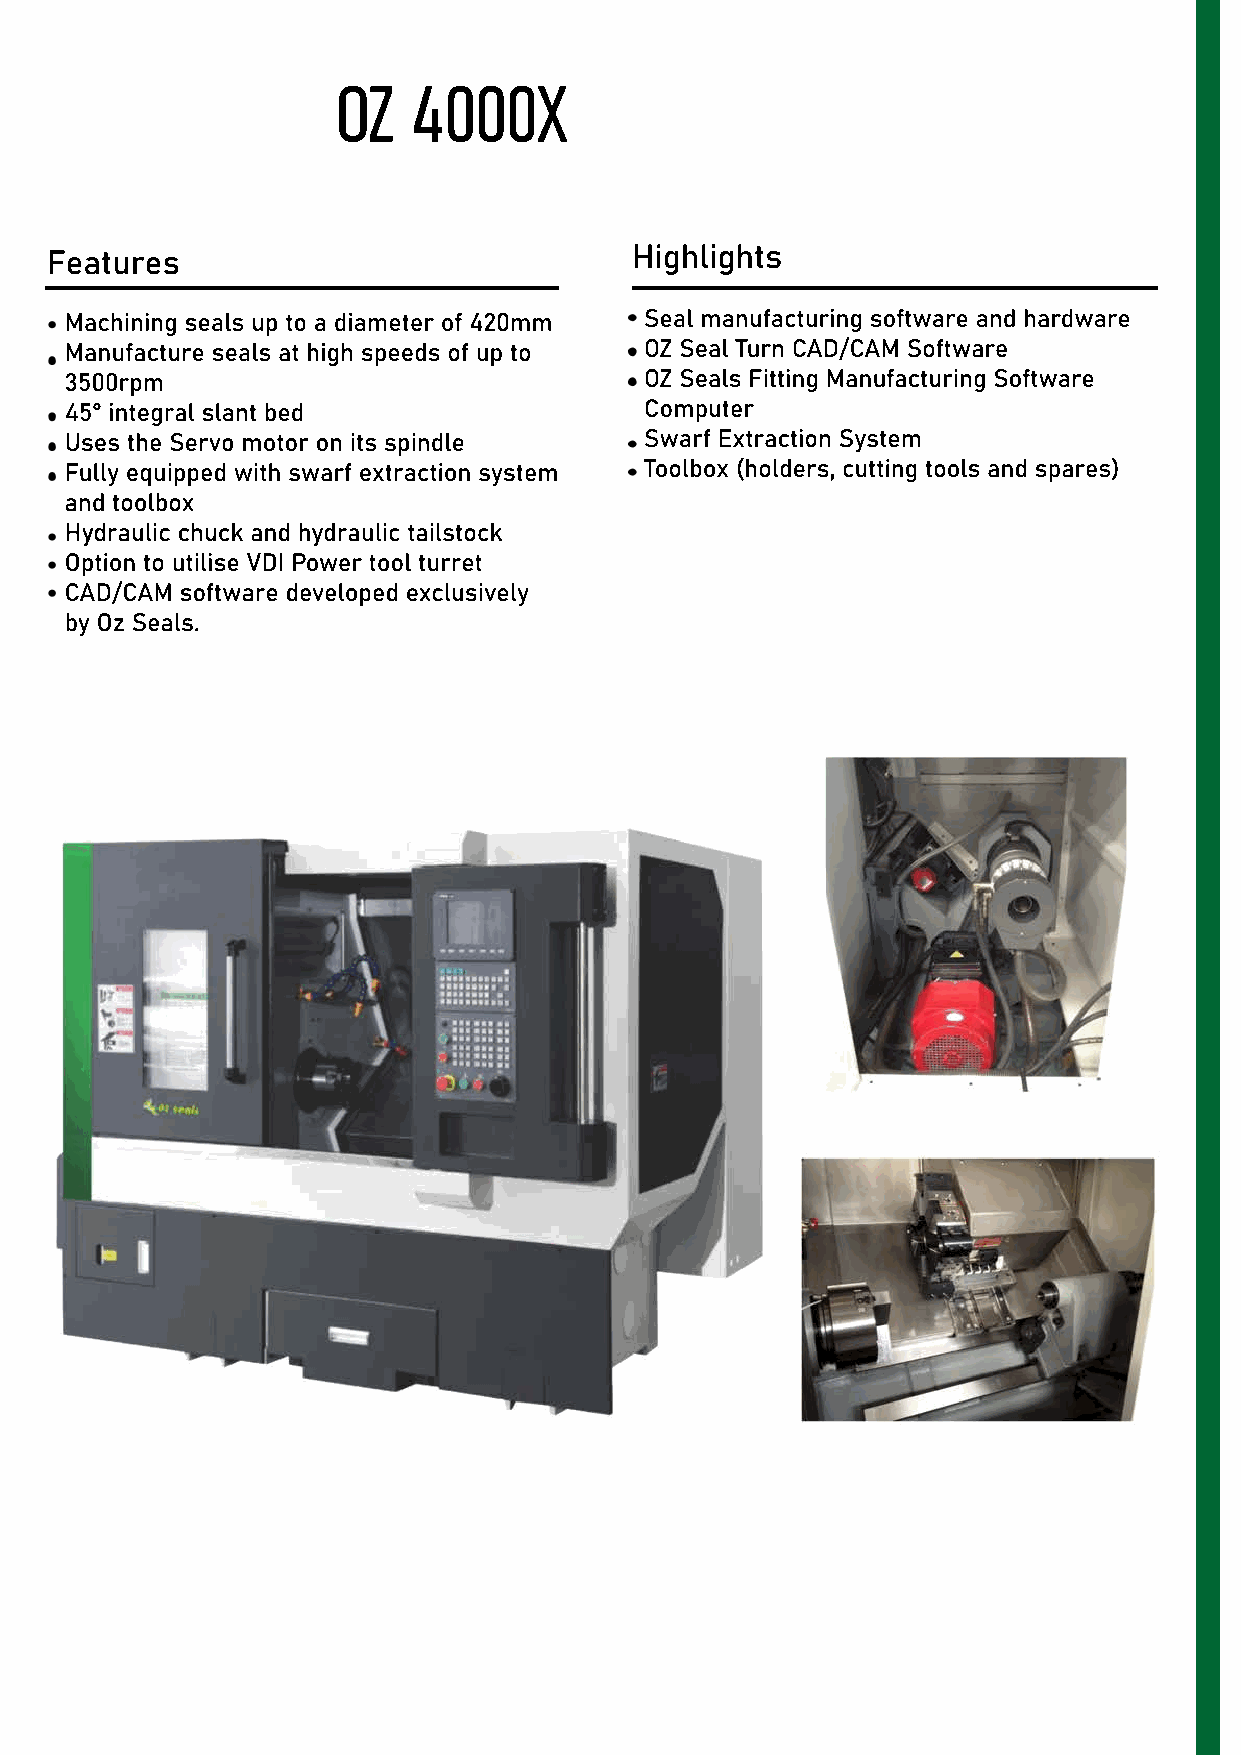
OZ   4000X
 Features                               Highlights
 Machining seals up to a diameter of 420mm Seal manufacturing software and hardware
 Manufacture seals at high speeds of up to OZ Seal Turn CAD/CAM Software
 3500rpm                                OZ Seals Fitting Manufacturing Software
 45° integral slant bed                 Computer
 Uses the Servo motor on its spindle    Swarf Extraction System
 FFuullllyy eeqquuiippppeedd wwiitthh swarf extraction system Toolbox (holders, cutting tools and spares)
 and toolbox
 Hydraulic chuck and hydraulic tailstock
 Option to utilise VDI Power tool turret
 CAD/CAM software developed exclusively
 by Oz Seals.